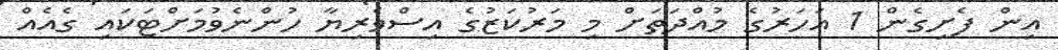
އިން ފެށިގެން 1 އަހަރުގެ މުއްދަތަށް މި މަރުކަޒުގެ އިސްވެރިޔާ ހުންނެވުމަށްޓަކައި ގެއެއް